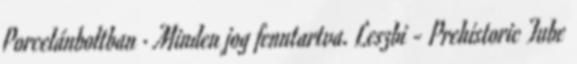
Porcelánboltban · Minden jog fenntartva. Leszbi - Prehistoric Tube